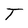
Character: T